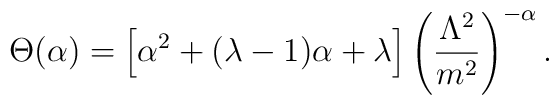
\Theta (\alpha ) = \left[\alpha^2+(\lambda -1)\alpha +\lambda \right]{\left( \frac{\Lambda^2}{m^2}\right)}^{-\alpha}\, .